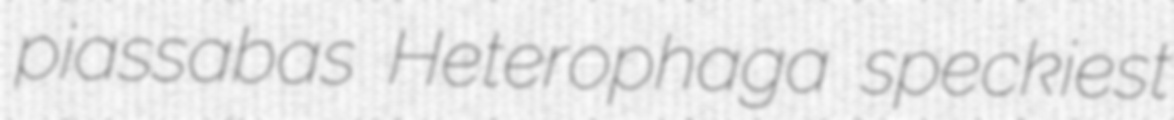
piassabas Heterophaga speckiest